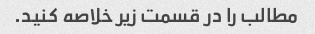
مطالب را در قسمت زیر خلاصه کنید.